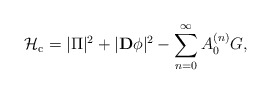
\begin{align*} {\cal H}_{\rm c} = |\Pi|^2 + |{\bf D}\phi|^2 - \sum_{n=0}^\infty A_0^{(n)} G,\end{align*}